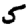
Digit: 5